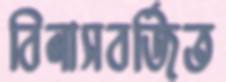
বিলাসবর্জিত